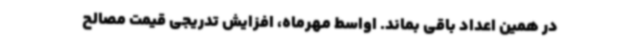
در همین اعداد باقی بماند. اواسط مهرماه، افزایش تدریجی قیمت مصالح